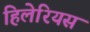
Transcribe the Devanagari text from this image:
हिलेरियस